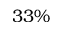
3 3 \%